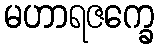
မဟာရဇက္ခေ